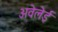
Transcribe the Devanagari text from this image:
अवेलेई